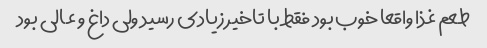
طعم غذا واقعا خوب بود فقط با تاخیر زیادی رسید ولی داغ و عالی بود